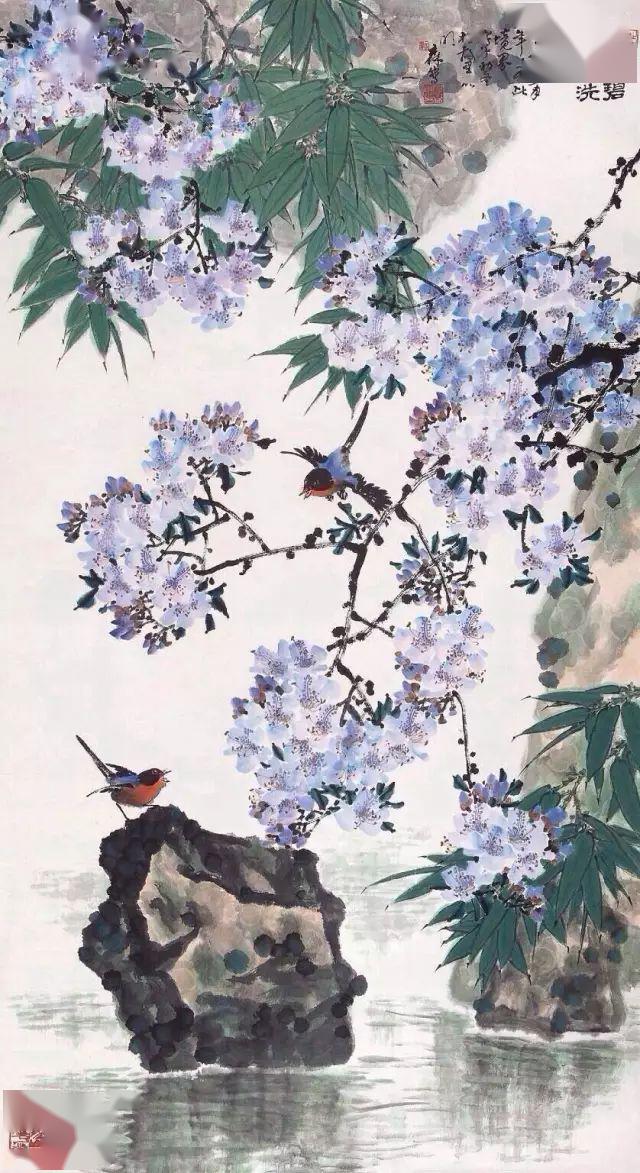
木叶纷纷下，东南日烟霜。